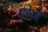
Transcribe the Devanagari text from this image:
वोज